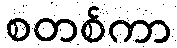
စတစ်ကာ